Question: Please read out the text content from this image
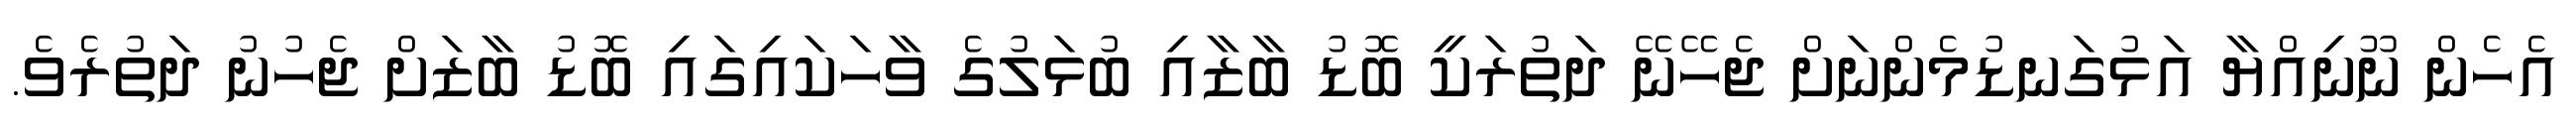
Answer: އެހެން ނޫނިއްޔާ އަޅުގަނޑުމެންނަށް ޖެހޭނޭ ދަތުރަކީ ބޮޑު ބާޒާއި ބުޅަލުގެ ވާހަކައިގައި ބޮޑު ބާޒަށް ޖެހުނު ދަތުރެވެ.